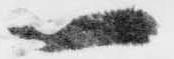
一